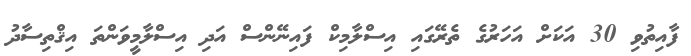
ފާއިތުވި 30 އަކަށް އަހަރުގެ ތެރޭގައި އިސްލާމިކް ފައިނޭންސް އަދި އިސްލާމީވަންތަ އިޤްތިސާދު